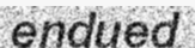
endued